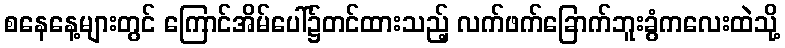
စနေနေ့များတွင် ကြောင်အိမ်ပေါ်၌တင်ထားသည့် လက်ဖက်ခြောက်ဘူးခွံကလေးထဲသို့